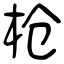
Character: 枪